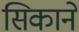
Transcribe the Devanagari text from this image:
सिकाने